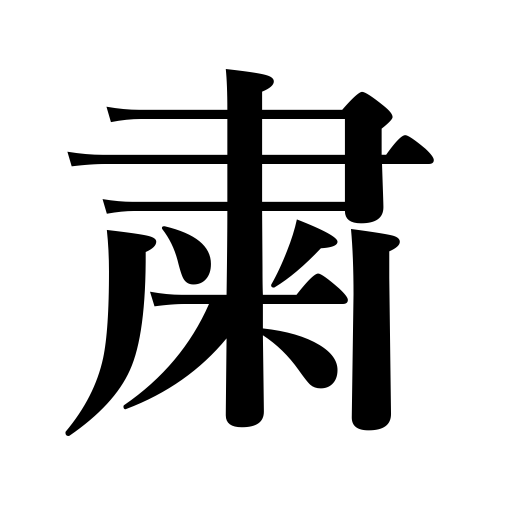
Meanings: softly,solemnly,quietly